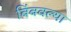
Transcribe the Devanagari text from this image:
बिंबवल्या